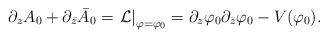
\begin{align*}\partial_z A_0+\partial_{\bar{z}} \bar{A}_0 = \left.{\cal L}\right|_{\varphi=\varphi_0} = \partial_z\varphi_0\partial_{\bar{z}}\varphi_0- V(\varphi_0).\end{align*}